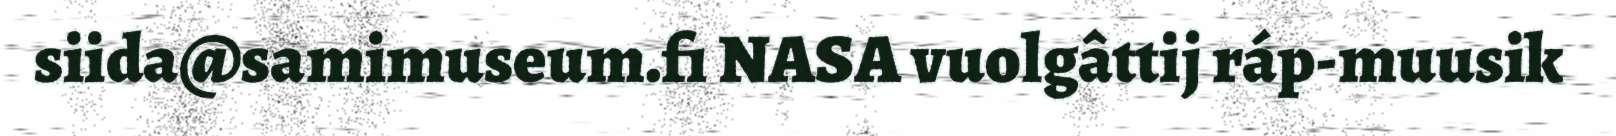
siida@samimuseum.fi NASA vuolgâttij ráp-muusik